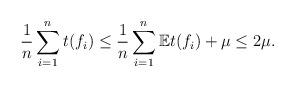
LaTeX: \begin{align*}\frac{1}{n}\sum_{i=1}^{n}t(f_i) \leq \frac{1}{n}\sum_{i=1}^{n}\mathbb{E}t(f_i) + \mu \leq 2\mu.\end{align*}